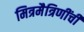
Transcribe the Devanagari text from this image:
मित्रमैत्रिणींची